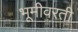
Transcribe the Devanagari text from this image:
भूमीवरती